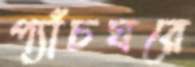
প্যাঁচঘরে